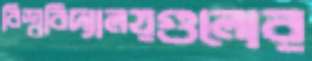
বিশ্ববিদ্যালয়গুলোর